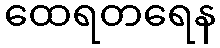
ထေရတရေန